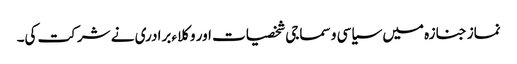
نماز جنازہ میں سیاسی و سماجی شخصیات اور وکلاء برادری نے شرکت کی۔